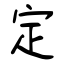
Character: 定